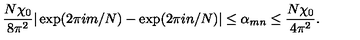
\frac { N \chi _ { 0 } } { 8 \pi ^ { 2 } } | \exp ( 2 \pi i m / N ) - \exp ( 2 \pi i n / N ) | \leq \alpha _ { m n } \leq \frac { N \chi _ { 0 } } { 4 \pi ^ { 2 } } .